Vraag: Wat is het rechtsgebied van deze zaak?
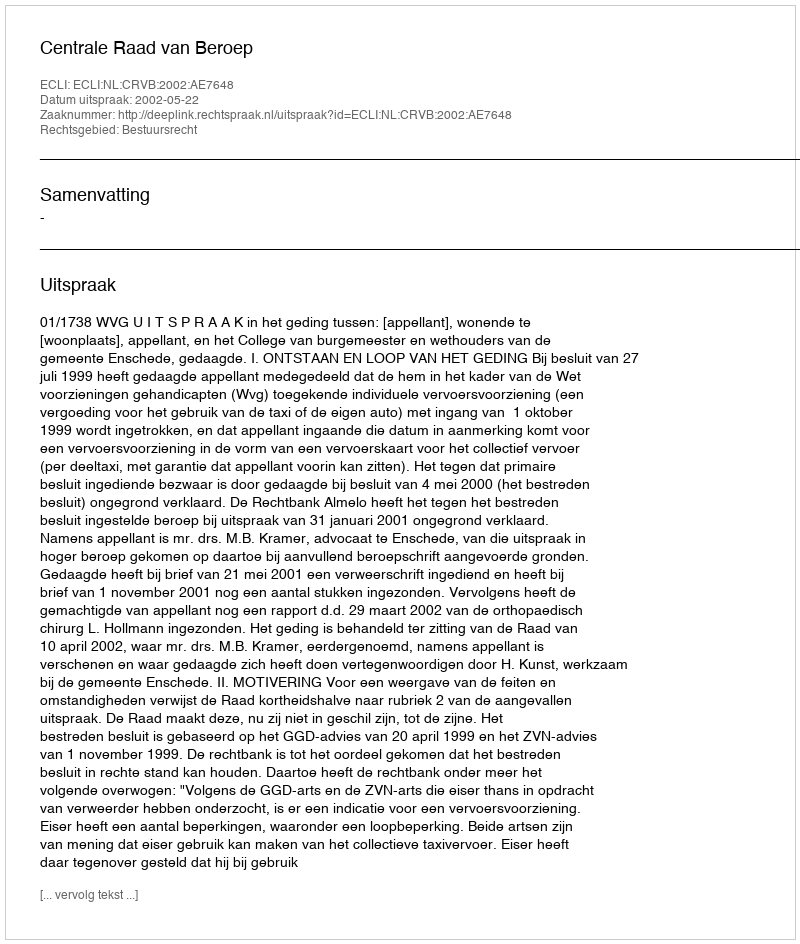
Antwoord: Bestuursrecht